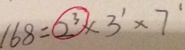
1 6 8 = 2 ^ { 3 } \times 3 ^ { 1 } \times 7 ^ { 1 }